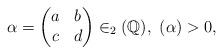
LaTeX: \begin{align*}\alpha = \begin{pmatrix}a & b \\c & d\end{pmatrix}\in _2(\mathbb{Q}), \ (\alpha) > 0,\end{align*}